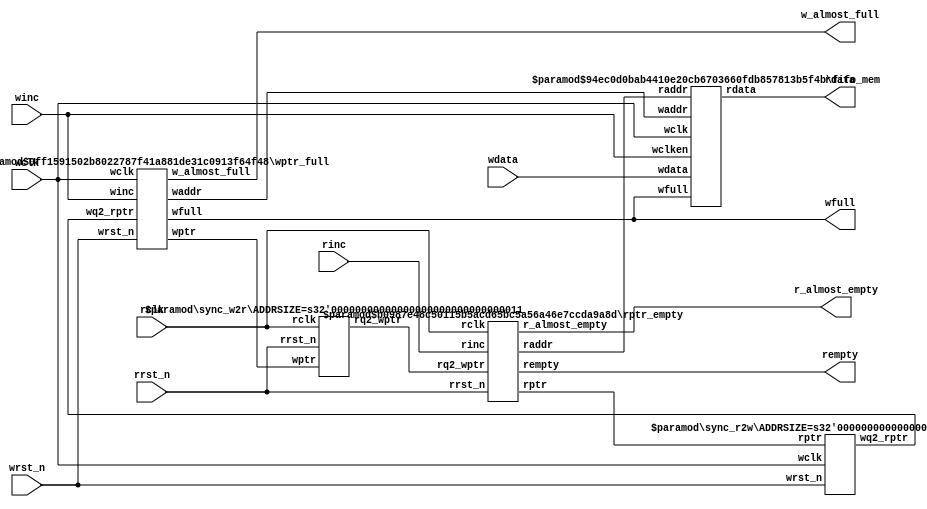

//-----------------------------------------------------------------
//
// The original verilog code provided by Clifford E. Cummings, 
// Sunburst Design, Inc.
//
// 
//----------------------------------------------------------------  

module small_async_fifo 
  #(
    parameter DSIZE = 8, 
    parameter ASIZE = 3,
    parameter ALMOST_FULL_SIZE = 5,
    parameter ALMOST_EMPTY_SIZE = 3
    )
    
  (
   //wr interface
   output wfull,
   output w_almost_full, 
   input [DSIZE-1:0] wdata,
   input winc, wclk, wrst_n,
   
   //rd interface 
   output [DSIZE-1:0] rdata,
   output rempty,
   output r_almost_empty, 
   input rinc, rclk, rrst_n
   );
   
   wire [ASIZE-1:0] waddr, raddr;
   wire [ASIZE:0]   wptr, rptr, wq2_rptr, rq2_wptr;
   
   sync_r2w #(ASIZE) sync_r2w (.wq2_rptr(wq2_rptr), .rptr(rptr),
		      .wclk(wclk), .wrst_n(wrst_n));
   
   sync_w2r #(ASIZE) sync_w2r (.rq2_wptr(rq2_wptr), .wptr(wptr),
		      .rclk(rclk), .rrst_n(rrst_n));
   
   fifo_mem #(DSIZE, ASIZE) fifo_mem
     (.rdata(rdata), .wdata(wdata),
      .waddr(waddr), .raddr(raddr),
      .wclken(winc), .wfull(wfull),
      .wclk(wclk));

   rptr_empty #(.ADDRSIZE(ASIZE), .ALMOST_EMPTY_SIZE(ALMOST_EMPTY_SIZE)) 
     rptr_empty
     (.rempty(rempty),
      .r_almost_empty(r_almost_empty),
      .raddr(raddr),
      .rptr(rptr), 
      .rq2_wptr(rq2_wptr),
      .rinc(rinc), 
      .rclk(rclk),
      .rrst_n(rrst_n));

   wptr_full #(.ADDRSIZE(ASIZE), .ALMOST_FULL_SIZE(ALMOST_FULL_SIZE)) 
     wptr_full
     (.wfull(wfull),
      .w_almost_full(w_almost_full),
      .waddr(waddr),
      .wptr(wptr), 
      .wq2_rptr(wq2_rptr),
      .winc(winc), 
      .wclk(wclk),
      .wrst_n(wrst_n));

endmodule // small_async_fifo


module sync_r2w #(parameter ADDRSIZE = 3)
  (output reg [ADDRSIZE:0] wq2_rptr,
   input [ADDRSIZE:0] rptr,
   input wclk, wrst_n);

   reg [ADDRSIZE:0] wq1_rptr;
   
   always @(posedge wclk or negedge wrst_n)
     
     if (!wrst_n) {wq2_rptr,wq1_rptr} <= 0;
   
     else {wq2_rptr,wq1_rptr} <= {wq1_rptr,rptr};
   
endmodule // sync_r2w


module sync_w2r #(parameter ADDRSIZE = 3)
  (output reg [ADDRSIZE:0] rq2_wptr,
   input [ADDRSIZE:0] wptr,
   input rclk, rrst_n);
   
   reg [ADDRSIZE:0] rq1_wptr;
   
   always @(posedge rclk or negedge rrst_n)
     
     if (!rrst_n) {rq2_wptr,rq1_wptr} <= 0;
   
     else {rq2_wptr,rq1_wptr} <= {rq1_wptr,wptr};
   
endmodule // sync_w2r


module rptr_empty 
  #(parameter ADDRSIZE = 3, 
    parameter ALMOST_EMPTY_SIZE=3)
  (output reg rempty,
   output reg r_almost_empty, 
   output [ADDRSIZE-1:0] raddr,
   output reg [ADDRSIZE :0] rptr,
   input [ADDRSIZE :0] rq2_wptr,
   input rinc, rclk, rrst_n);
   
   reg [ADDRSIZE:0] rbin;
   wire [ADDRSIZE:0] rgraynext, rbinnext;
   reg [ADDRSIZE :0] rq2_wptr_bin;
   integer 	     i;
   
   //------------------
   // GRAYSTYLE2 pointer
   //------------------
   always @(posedge rclk or negedge rrst_n)
     
     if (!rrst_n) {rbin, rptr} <= 0;
     else {rbin, rptr} <= {rbinnext, rgraynext};
   
   // Memory read-address pointer (okay to use binary to address memory)
   assign 	     raddr = rbin[ADDRSIZE-1:0];
   
   assign 	     rbinnext = rbin + (rinc & ~rempty);
   assign 	     rgraynext = (rbinnext>>1) ^ rbinnext;
      
   //--------------------------------------------------------------
   // FIFO empty when the next rptr == synchronized wptr or on reset
   //--------------------------------------------------------------
   wire 	     rempty_val = (rgraynext == rq2_wptr);

   // Gray code to Binary code conversion
   always @(rq2_wptr)
     for (i=0; i<(ADDRSIZE+1); i=i+1)
       rq2_wptr_bin[i] = ^ (rq2_wptr >> i);

   wire [ADDRSIZE:0] subtract = (rbinnext + ALMOST_EMPTY_SIZE)-rq2_wptr_bin;
   
   wire r_almost_empty_val = ~subtract[ADDRSIZE];
      
   always @(posedge rclk or negedge rrst_n)
     if (!rrst_n) begin 
	rempty <= 1'b1;
	r_almost_empty <= 1'b 1;
     end
     else begin 
	rempty <= rempty_val;
	r_almost_empty <= r_almost_empty_val;
     end
      
endmodule // rptr_empty


module wptr_full 
  #(parameter ADDRSIZE = 3,
    parameter ALMOST_FULL_SIZE=5
    )
  (output reg wfull,
   output reg w_almost_full,
   output [ADDRSIZE-1:0] waddr,
   output reg [ADDRSIZE :0] wptr,
   input [ADDRSIZE :0] wq2_rptr,
   input winc, wclk, wrst_n);
      
   reg [ADDRSIZE:0] wbin;
   wire [ADDRSIZE:0] wgraynext, wbinnext;
   reg [ADDRSIZE :0] wq2_rptr_bin;
   integer 	     i;
      
   // GRAYSTYLE2 pointer
   
   always @(posedge wclk or negedge wrst_n)
     if (!wrst_n) {wbin, wptr} <= 0;
     else {wbin, wptr} <= {wbinnext, wgraynext};
      
   // Memory write-address pointer (okay to use binary to address memory)
   assign waddr = wbin[ADDRSIZE-1:0];
   
   assign wbinnext = wbin + (winc & ~wfull);
   assign wgraynext = (wbinnext>>1) ^ wbinnext;
   
   
   //-----------------------------------------------------------------
   // Simplified version of the three necessary full-tests:
   // assign wfull_val=((wgnext[ADDRSIZE] !=wq2_rptr[ADDRSIZE] ) &&
   // (wgnext[ADDRSIZE-1] !=wq2_rptr[ADDRSIZE-1]) &&
   // (wgnext[ADDRSIZE-2:0]==wq2_rptr[ADDRSIZE-2:0]));
   //-----------------------------------------------------------------
   wire wfull_val = (wgraynext ==
		     {~wq2_rptr[ADDRSIZE:ADDRSIZE-1],wq2_rptr[ADDRSIZE-2:0]});

   // Gray code to Binary code conversion
   always @(wq2_rptr)
     for (i=0; i<(ADDRSIZE+1); i=i+1)
       wq2_rptr_bin[i] = ^ (wq2_rptr >> i);

   wire [ADDRSIZE :0] subtract = wbinnext - wq2_rptr_bin - ALMOST_FULL_SIZE;
   
   wire w_almost_full_val = ~subtract[ADDRSIZE];
      
   always @(posedge wclk or negedge wrst_n)
     if (!wrst_n) begin 
	wfull <= 1'b0;
	w_almost_full <= 1'b 0;
     end
     else begin 
	wfull <= wfull_val;
	w_almost_full <= w_almost_full_val;
     end

endmodule // wptr_full


module fifo_mem #(parameter DATASIZE = 8, // Memory data word width
		 parameter ADDRSIZE = 3) // Number of mem address bits
  
  (output [DATASIZE-1:0] rdata,
   input [DATASIZE-1:0] wdata,
   input [ADDRSIZE-1:0] waddr, raddr,
   input wclken, wfull, wclk);
   
   // RTL Verilog memory model
   localparam DEPTH = 1<<ADDRSIZE;
   
   reg [DATASIZE-1:0] mem [0:DEPTH-1];
      
   assign rdata = mem[raddr];
   
   always @(posedge wclk)
     if (wclken && !wfull) mem[waddr] <= wdata;
   
endmodule // fifo_mem